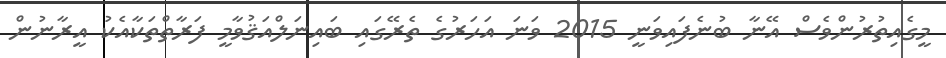
މީގެއިތުރުންވެސް އޭނާ ބުނެފައިވަނީ 2015 ވަނަ އަހަރުގެ ތެރޭގައި ބައިނަލްއަޤުވާމީ ފަރާތްތަކާއެކު އީރާނުން